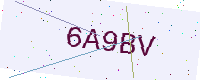
Text: 6A9BV